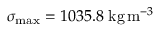
\sigma _ { \operatorname* { m a x } } = 1 0 3 5 . 8 \; \mathrm { k g } \, \mathrm { m } ^ { - 3 }